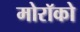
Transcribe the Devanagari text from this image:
मोरॉको